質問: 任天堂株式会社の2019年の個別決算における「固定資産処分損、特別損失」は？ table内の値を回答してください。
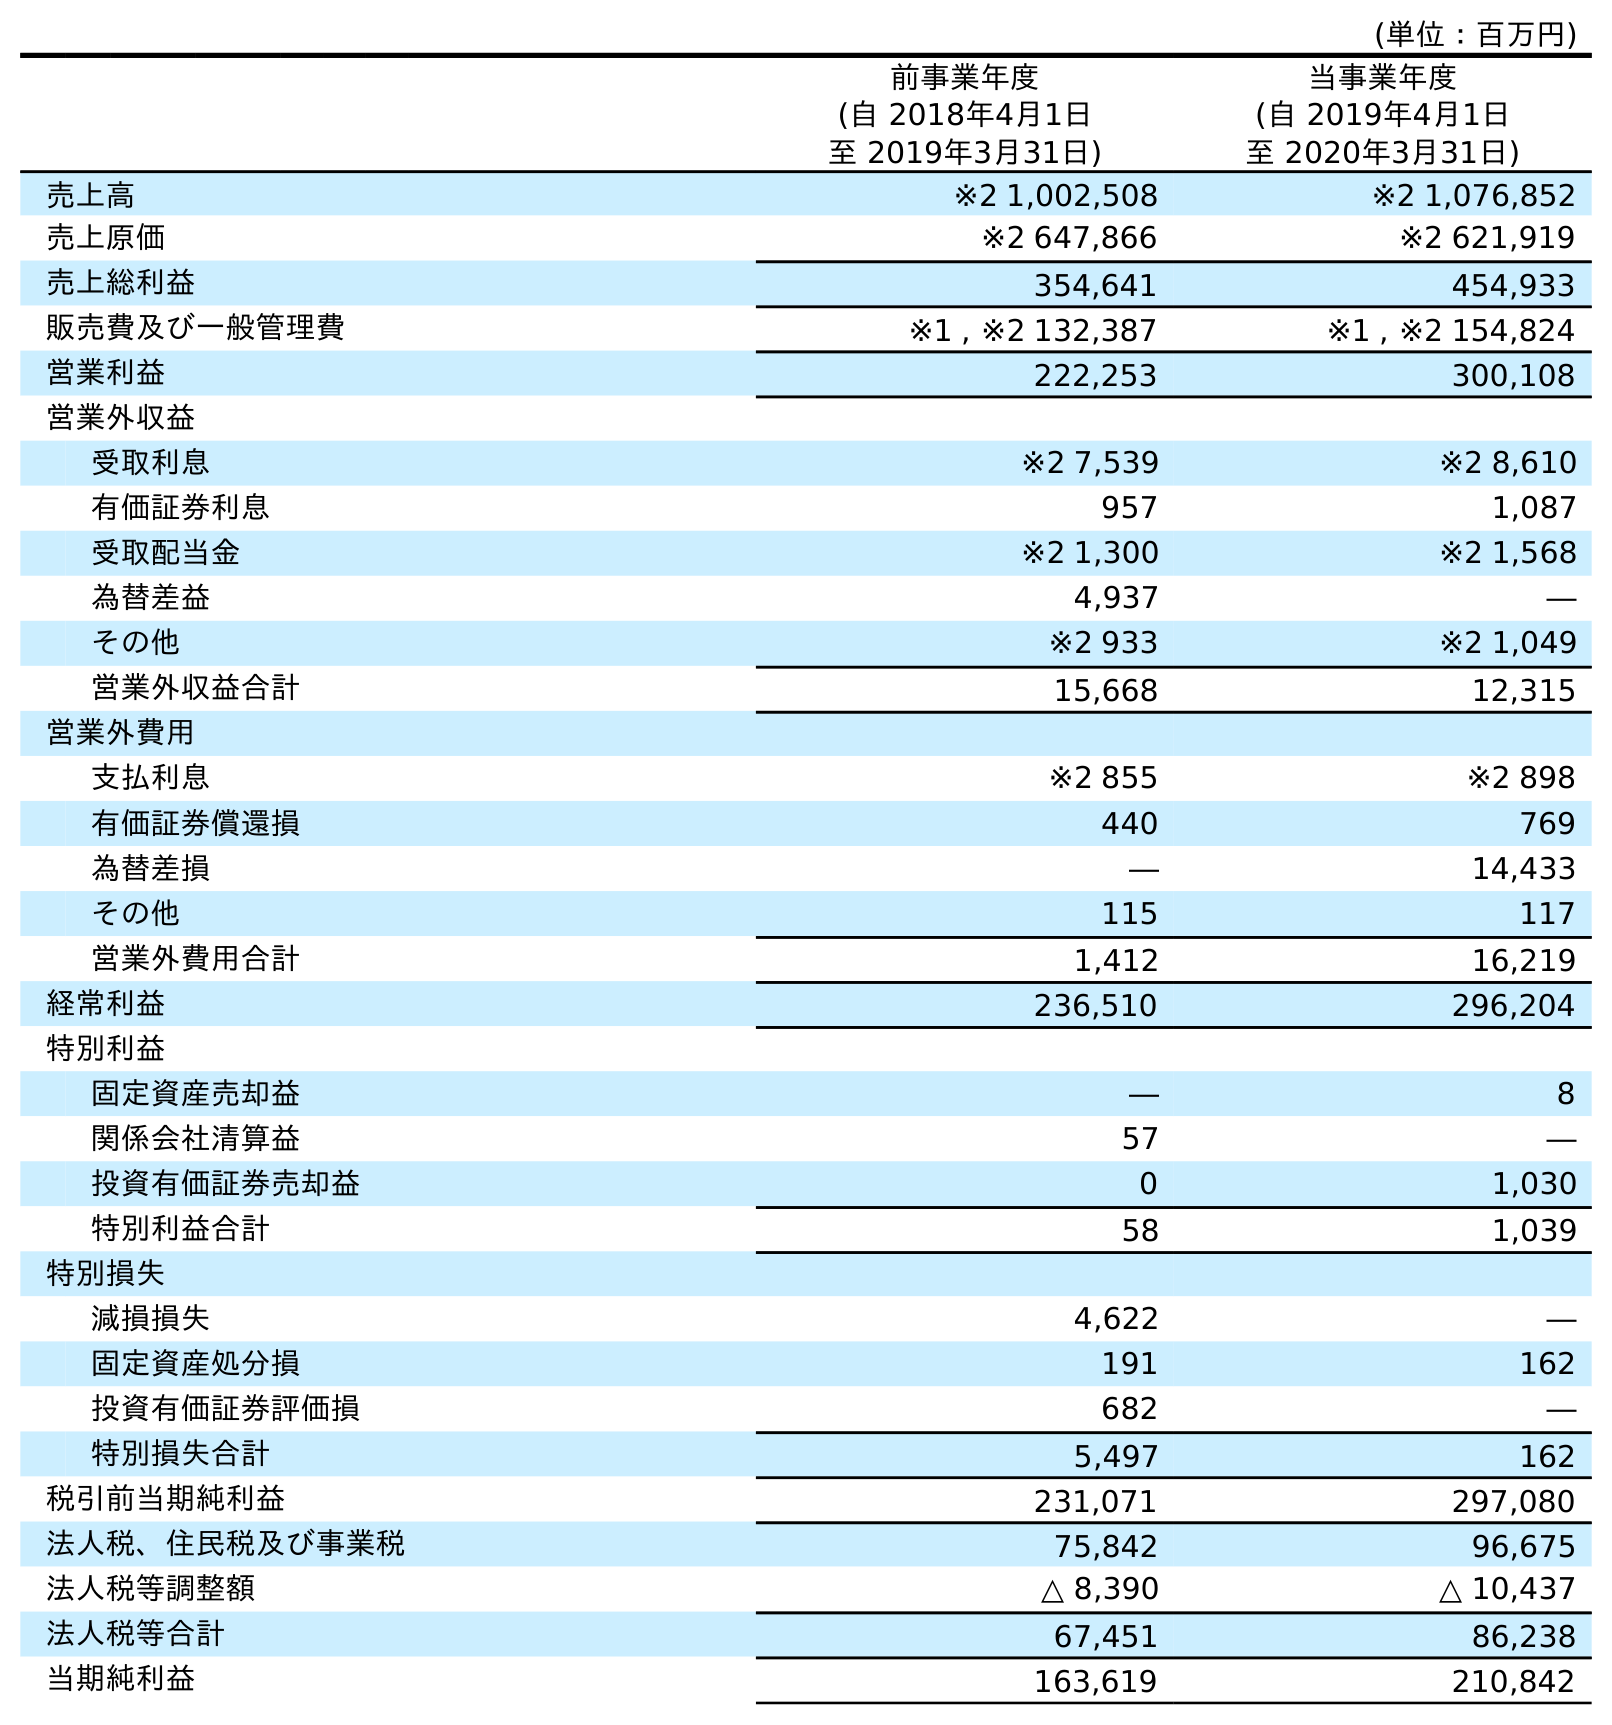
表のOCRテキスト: (単位：百万円) 前事業年度 (自 2018年4月1日 至 2019年3月31日) 当事業年度 (自 2019年4月1日 至 2020年3月31日) 売上高 ※2 1,002,508 ※2 1,076,852 売上原価 ※2 647,866 ※2 621,919 売上総利益 354,641 454,933 販売費及び一般管理費 ※1 , ※2 132,387 ※1 , ※2 154,824 営業利益 222,253 300,108 営業外収益 受取利息 ※2 7,539 ※2 8,610 有価証券利息 957 1,087 受取配当金 ※2 1,300 ※2 1,568 為替差益 4,937 ― その他 ※2 933 ※2 1,049 営業外収益合計 15,668 12,315 営業外費用 支払利息 ※2 855 ※2 898 有価証券償還損 440 769 為替差損 ― 14,433 その他 115 117 営業外費用合計 1,412 16,219 経常利益 236,510 296,204 特別利益 固定資産売却益 ― 8 関係会社清算益 57 ― 投資有価証券売却益 0 1,030 特別利益合計 58 1,039 特別損失 減損損失 4,622 ― 固定資産処分損 191 162 投資有価証券評価損 682 ― 特別損失合計 5,497 162 税引前当期純利益 231,071 297,080 法人税、住民税及び事業税 75,842 96,675 法人税等調整額 △ 8,390 △ 10,437 法人税等合計 67,451 86,238 当期純利益 163,619 210,842
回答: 191